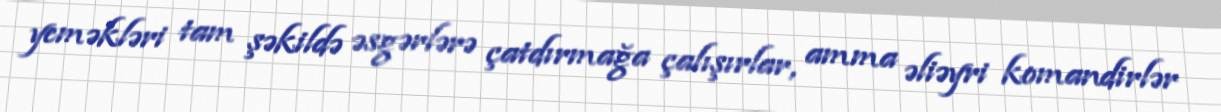
yeməkləri tam şəkildə əsgərlərə çatdırmağa çalışırlar, amma əliəyri komandirlər